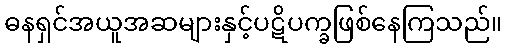
ဓနရှင်အယူအဆများနှင့်ပဋိပက္ခဖြစ်နေကြသည်။